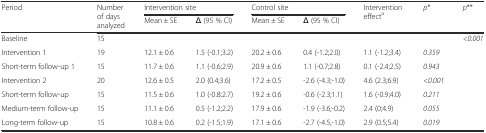
<table><thead><tr><td rowspan="2"><b>Period</b></td><td rowspan="2"><b>Number of days analyzed</b></td><td colspan="2"><b>Intervention site</b></td><td colspan="2"><b>Control site</b></td><td rowspan="2"><b>Intervention effect<sup>a</sup></b></td><td rowspan="2"><b><i>p</i>*</b></td><td rowspan="2"><b><i>p</i>**</b></td></tr><tr><td><b>Mean ± SE</b></td><td><b>Δ (95 % CI)</b></td><td><b>Mean ± SE</b></td><td><b>Δ (95 % CI)</b></td></tr></thead><tbody><tr><td>Baseline</td><td>15</td><td></td><td></td><td></td><td></td><td></td><td></td><td><i>&lt;0.001</i></td></tr><tr><td>Intervention 1</td><td>19</td><td>12.1 ± 0.6</td><td>1.5 (-0.1;3.2)</td><td>20.2 ± 0.6</td><td>0.4 (-1.2;2.0)</td><td>1.1 (-1.2;3.4)</td><td><i>0.359</i></td><td></td></tr><tr><td>Short-term follow-up 1</td><td>15</td><td>11.7 ± 0.6</td><td>1.1 (-0.6;2.9)</td><td>20.9 ± 0.6</td><td>1.1 (-0.7;2.8)</td><td>0.1 (-2.4;2.5)</td><td><i>0.943</i></td><td></td></tr><tr><td>Intervention 2</td><td>20</td><td>12.6 ± 0.5</td><td>2.0 (0.4;3.6)</td><td>17.2 ± 0.5</td><td>-2.6 (-4.3;-1.0)</td><td>4.6 (2.3;6.9)</td><td><i>&lt;0.001</i></td><td></td></tr><tr><td>Short-term follow-up</td><td>15</td><td>11.5 ± 0.6</td><td>1.0 (-0.8;2.7)</td><td>19.2 ± 0.6</td><td>-0.6 (-2.3;1.1)</td><td>1.6 (-0.9;4.0)</td><td><i>0.211</i></td><td></td></tr><tr><td>Medium-term follow-up</td><td>15</td><td>11.1 ± 0.6</td><td>0.5 (-1.2;2.2)</td><td>17.9 ± 0.6</td><td>-1.9 (-3.6;-0.2)</td><td>2.4 (0;4.9)</td><td><i>0.055</i></td><td></td></tr><tr><td>Long-term follow-up</td><td>15</td><td>10.8 ± 0.6</td><td>0.2 (-1.5;1.9)</td><td>17.1 ± 0.6</td><td>-2.7 (-4.5,-1.0)</td><td>2.9 (0.5;5.4)</td><td><i>0.019</i></td><td></td></tr></tbody></table>